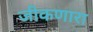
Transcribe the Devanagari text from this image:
जीकणारा